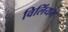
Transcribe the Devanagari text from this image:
विलिंयम